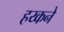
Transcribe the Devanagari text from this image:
हय्कने